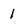
Character: 1